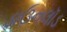
ડાઉનલૉડ